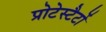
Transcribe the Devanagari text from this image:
प्रोटेस्टैटों